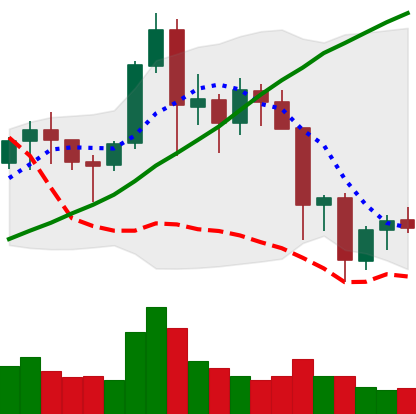
Ticker: NEO-USD
Chart end date: 2021-11-21
Forward return: -11.272%
Label: down_7plus